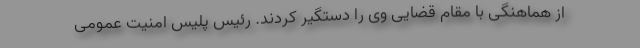
از هماهنگی با مقام قضایی وی را دستگیر کردند. رئیس پلیس امنیت عمومی